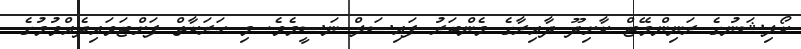
ކޯލިޝަނުގެ ރަނިންމޭޓް ކާށިދޫ ދާއިރާގެ މެންބަރު ފައިސަލް ނަސީމެވެ. މި ހަރަކާތް ފަށްޓަވައިދެއްވުމުގެ